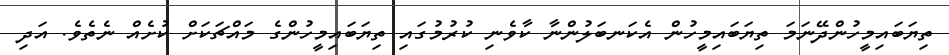
ތިޔަބައިމީހުންދޭނަމަ ތިޔަބައިމީހުން އެކަނބަލުންނާ ކާވެނި ކުރުމުގައި ތިޔަބައިމީހުންގެ މައްޗަކަށް ކުށެއް ނެތެވެ. އަދި